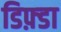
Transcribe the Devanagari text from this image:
डिफ़्डा